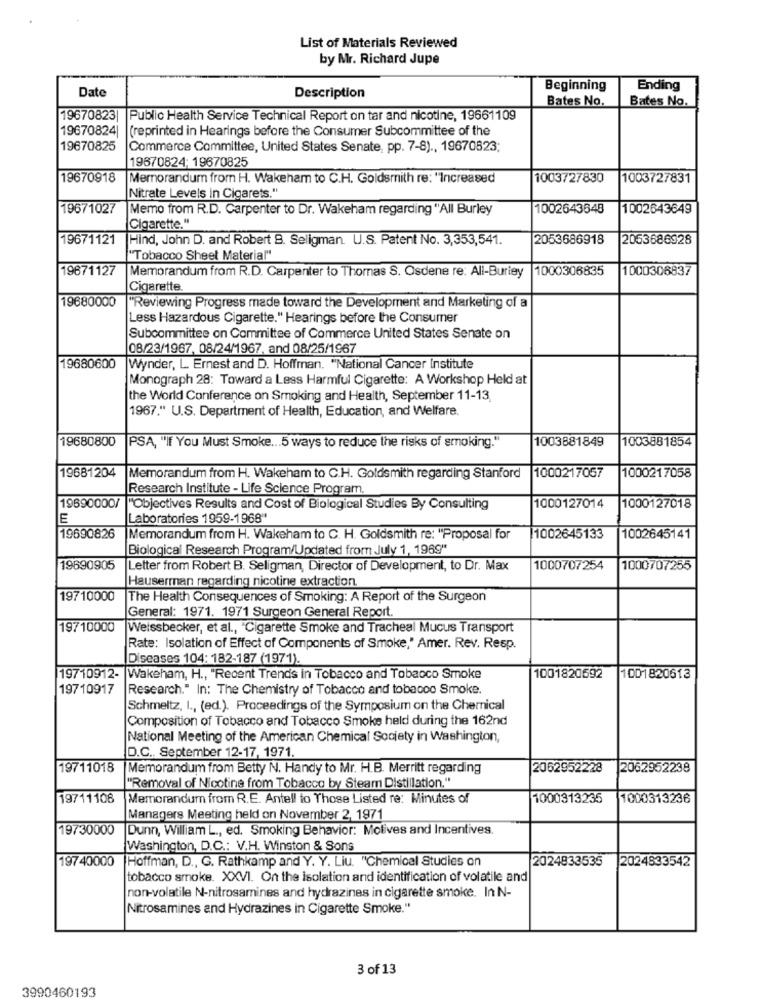
List of Materials Reviewed
by Mr. Richard Jupe
Beginning
Ending
Date
Description
Bates No.
Bates No.
19670823|
Public Health Service Technical Report on tar and nicotine, 19661109
19670824|
(reprinted in Hearings before the Consumer Subcommittee of the
19670825
Commerce Committee, United States Senate, pp. 7-8) ., 19670823;
19670824; 19670825
19670918
Memorandum from H. Wakeham to C.H. Goldsmith re: "Increased
1003727830
1003727831
Nitrate Levels in Cigarets."
19671027
Memo from R.D. Carpenter to Dr. Wakeham regarding "All Burley
1002643648
1002643649
Cigarette."
19671121
Hind, John D. and Robert B. Seligman. U.S. Patent No. 3,353,541.
2053686918
2053686928
Tobacco Sheet Material"
19671127
Memorandum from R.D. Carpenter to Thomas S. Osdene re: All-Burley
1000306835
1000306837
Cigarette.
19680000
"Reviewing Progress made toward the Development and Marketing of a
Less Hazardous Cigarette." Hearings before the Consumer
Subcommittee on Committee of Commerce United States Senate on
08/23/1967, 08/24/1967, and 08/25/1967
19680600
Wynder, L. Ernest and D. Hoffman. "National Cancer Institute
Monograph 28: Toward a Less Harmful Cigarette: A Workshop Held at
the World Conference on Smoking and Health, September 11-13
1967." U.S. Department of Health, Education, and Welfare.
19680800
1003881849
PSA, "If You Must Smoke ... 5 ways to reduce the risks of smoking."
1003881854
19681204
Memorandum from H. Wakeham to C.H. Goldsmith regarding Stanford
1000217057
1000217058
Research Institute - Life Science Program,
19690000/ "Objectives Results and Cost of Biological Studies By Consulting
1000127014
1000127018
E
Laboratories 1959-1968"
19690826
Memorandum from H. Wakeham to C. H. Goldsmith re: "Proposal for
1002645133
1002645141
Biological Research Program/Updated from July 1, 1969"*
19690905
Letter from Robert B. Seligman, Director of Development, to Dr. Max
1000707254
1000707255
Hauserman regarding nicotine extraction.
19710000
The Health Consequences of Smoking: A Report of the Surgeon
General: 1971. 1971 Surgeon General Report.
19710000
Weissbecker, et al ., "Cigarette Smoke and Tracheal Mucus Transport
Rate: Isolation of Effect of Components of Smoke," Amer. Rev. Resp.
Diseases 104: 182-187 (1971).
19710912-
Wakeham, H ., "Recent Trends in Tobacco and Tobacco Smoke
1001820692
1001820613
19710917
Research." In: The Chemistry of Tobacco and tobacco Smoke.
Schmeltz, I ., (ed.). Proceedings of the Symposium on the Chemical
Composition of Tobacco and Tobacco Smoke held during the 162nd
National Meeting of the American Chemical Society in Washington,
D.C. September 12-17, 1971.
19711018
Memorandum from Betty N. Handy to Mr. H.B. Merritt regarding
2062952228
2062952238
"Removal of Nicotine from Tobacco by Steam Distillation."
19711108
Memorandum from R.E. Antell to Those Listed re: Minutes of
1000313235
1000313236
Managers Meeting held on November 2, 1971
19730000
Dunn, William L ., ed. Smoking Behavior: Molives and Incentives.
Washington, D.C .: V.H. Winston & Sons
19740000
Hoffman, D ., G. Rathkamp and Y. Y. Liu. "Chemical Studies on
2024833535
2024833542
tobacco smoke. XXVI. On the isolation and identification of volatile and
non-volatile N-nitrosamines and hydrazines in cigarette smoke. In N-
Nitrosamines and Hydrazines in Cigarette Smoke."
3 of 13
3990460193